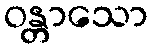
ဝန္တာသော